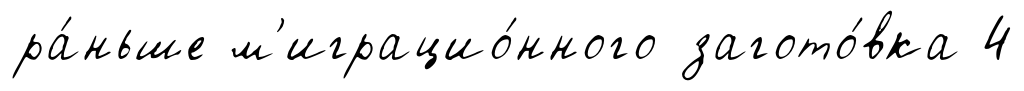
ра́ньше м'играцио́нного загото́вка 4